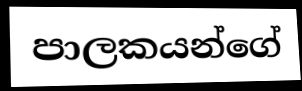
පාලකයන්ගේ